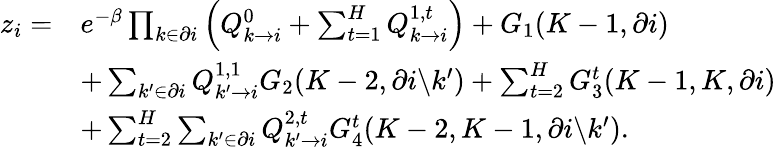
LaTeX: \begin{array}{rl}{z_{i}=}&{e^{-\beta}\prod_{k\in\partial i}\left(Q_{k\rightarrow i}^{0}+\sum_{t=1}^{H}Q_{k\rightarrow i}^{1,t}\right)+G_{1}(K-1,\partial i)}\\ &{+\sum_{k^{\prime}\in\partial i}Q_{k^{\prime}\rightarrow i}^{1,1}G_{2}(K-2,\partial i\backslash k^{\prime})+\sum_{t=2}^{H}G_{3}^{t}(K-1,K,\partial i)}\\ &{+\sum_{t=2}^{H}\sum_{k^{\prime}\in\partial i}Q_{k^{\prime}\rightarrow i}^{2,t}G_{4}^{t}(K-2,K-1,\partial i\backslash k^{\prime}).}\end{array}